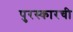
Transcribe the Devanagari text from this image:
पुरस्कारची